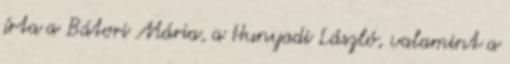
írta a Bátori Mária, a Hunyadi László, valamint a